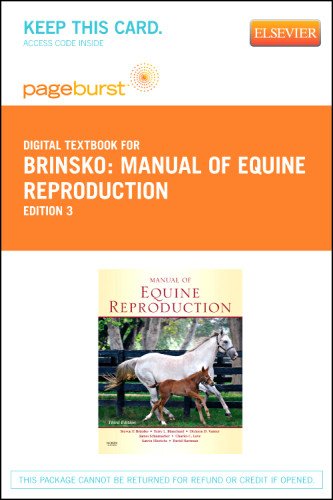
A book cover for Manual of Equine Reproduction - Pageburst E-Book on VitalSource (Retail Access Card), 3e; Steven P. Brinsko DVM; Medical Books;